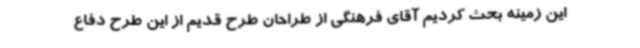
این زمینه بحث کردیم آقای فرهنگی از طراحان طرح قدیم از این طرح دفاع